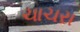
ચાચરા